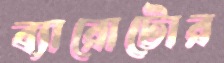
ব্যারোটোর